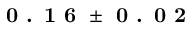
\textbf { 0 . 1 6 } \pm \textbf { 0 . 0 2 }